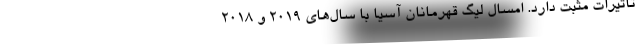
تاثیرات مثبت دارد. امسال لیگ قهرمانان آسیا با سال‌های 2019 و 2018